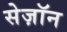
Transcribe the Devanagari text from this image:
सेज़ॉन